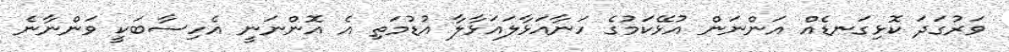
ވަރުގަދަ ކޮޅިގަނޑެއް އަންނަން އުޅޭކަމުގެ ހަނާއަޅާލައަޅާލާ އުޑުމަތި އެ އޮންނަނީ އެހިސާބަކީ ވަންނާނެ